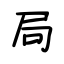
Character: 局